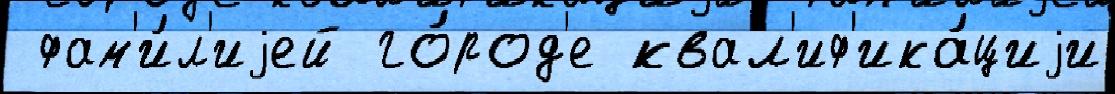
 фам'и́л'иjей го́род'е квал'иф'ика́циjи